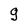
Character: g